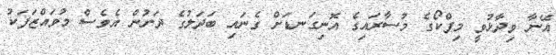
އޭނާ ވިދާޅުވީ މިފްކޯގެ މުސާރައިގެ އޮނިގަނޑަށް ގެނައި ބަދަލުގެ ދަށުން އެވެސް މުވައްޒަފަކު